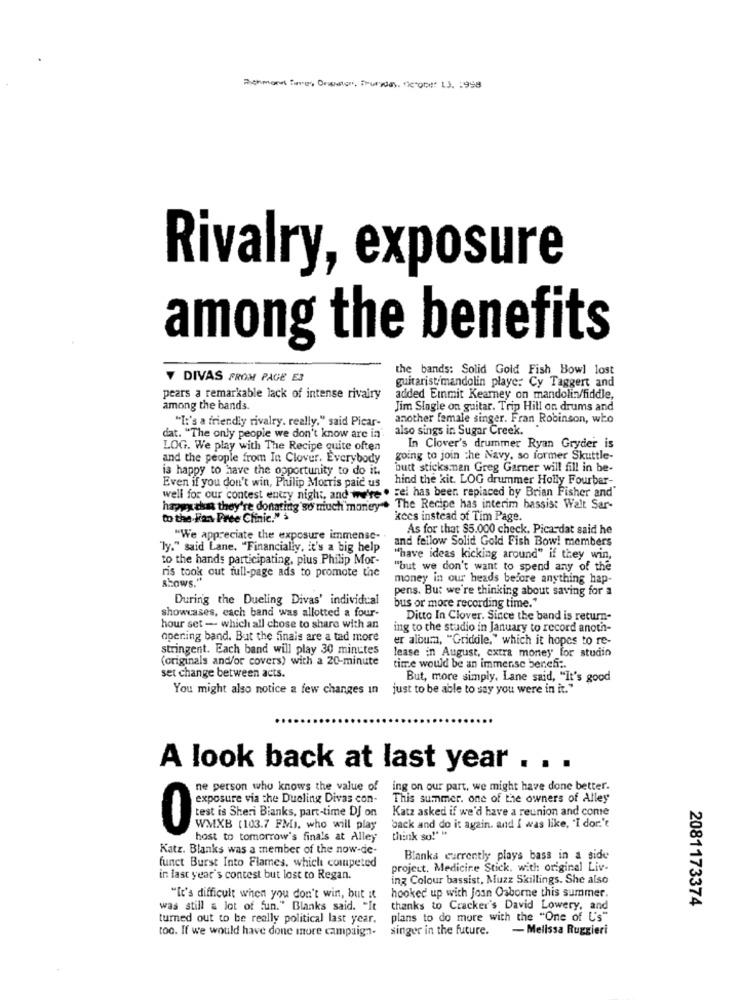
Richmond Tags, Orgaten, Frunde), derober 13. 1958
Rivalry, exposure
among the benefits
the bands: Solid Gold Fish Bowl lost
Y DIVAS FROM PAGE E3
guitarist mandolin playe: Cy Taggert and
pears a remarkable lack of intense rivalry
added Emmit Kearney on mandolin/fiddle,
among the bands.
Jim Slagle on guitar. Trip Hill on drums and
"It's a friendly rivalry. really." said Picar-
another female singer. Fran Robinson, who
also sings in Sugar Creek.
dat. "The only people we don't know are in
LOG. We play with The Recipe quite often
In Clover's drummer Ryan Gryder is
and the people from In Clover. Everybody
going to join the Navy, so former Skuttle-
is happy to have the opportunity to do it.
butt sticks.nan Greg Garner will fill in be-
Even if you don't win, Philip Morris paid us
hind the kit. LOG drummer Holly Fourbar -.
well for our contest entry night, and we're . Fel has been replaced by Brian Fisher and"
happy chun they're donating so much money . The Recipe has interim bassist Walt Sar-
to the Fan Pree Clinic."
kees instead of Tim Page.
As for that $5.000 check. Picardat said he
"We appreciate the exposure immense-
and fellow Solid Gold Fish Bowl members
"ly." said Lane. "Financially, it's a big help
to the hands participating, plus Philip Mor-
"have ideas kicking around" if they win,
ris took out full-page ads to promote the
"but we don't want to spend any of the
Shows."
money in our heads before anything hap-
pens. But we're thinking about saving for a
During the Dueling Divas' individual
bus or more recording time."
showcases, cach band was allotted a four-
Ditto In Clover. Since the band is return-
hour set - which all chose to share with an
ing to the studio in January to record anoth-
opening band. But the finals are a tad more
er album, "Griddle," which it hopes to re-
stringent. Each band will play 30 minutes
(originals and/or covers) with a 20-minute
lease in August, extra money for studin
time would be an immense bench :.
set change between acts.
But, more simply. Lane said, "It's good
You might also notice a few changes in
just to be able to say you were in it."
A look back at last year
...
ne person who knows the value of
ing on our part, we might have done better.
exposure via the Dueling Divas con-
This summer. one of the owners of Alley
test is Sheri Bianks, part-time DJ on
Katz asked if we'd have a reunion and come
0
WMXB (103.7 FM), who will play
back and do it again. and I was like, "I dor.'t
host to tomorrow's finals at Alley
think so!" "
Katz. Blanks was a member of the now-de-
funct Burst Into Flames, which competed
Blanka currently plays bass in a side
project. Medicine Stick, with original Liv-
in last year's contest but lost to Regan.
ing Colour bassist, Muzz Skillings. She also
"It's difficult when you don't win, but it
hooked up with Joan Osborne this summer.
2081173374
was still a lot of fun." Blanks said. "It
thanks to Cracker's David Lowery, and
turned out to be really political last year.
plans to do more with the "One of U's"
too. If we would have done more campaign-
singer in the future.
- Melissa Ruggieri